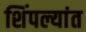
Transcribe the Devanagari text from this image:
शिंपल्यांत